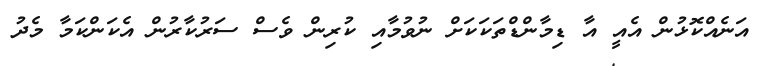
އަނެއްކޮޅުން އެއީ އާ ޑިމާންޑްތަކަކަށް ނުވުމާއި ކުރިން ވެސް ސަރުކާރުން އެކަންކަމާ މެދު